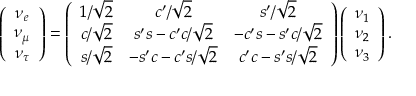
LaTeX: \left( \begin{array} { c } { { \nu _ { e } } } \\ { { \nu _ { \mu } } } \\ { { \nu _ { \tau } } } \end{array} \right) = \left( \begin{array} { c c c } { { 1 / \sqrt 2 } } & { { c ^ { \prime } / \sqrt 2 } } & { { s ^ { \prime } / \sqrt 2 } } \\ { { c / \sqrt 2 } } & { { s ^ { \prime } s - c ^ { \prime } c / \sqrt 2 } } & { { - c ^ { \prime } s - s ^ { \prime } c / \sqrt 2 } } \\ { { s / \sqrt 2 } } & { { - s ^ { \prime } c - c ^ { \prime } s / \sqrt 2 } } & { { c ^ { \prime } c - s ^ { \prime } s / \sqrt 2 } } \end{array} \right) \left( \begin{array} { c } { { \nu _ { 1 } } } \\ { { \nu _ { 2 } } } \\ { { \nu _ { 3 } } } \end{array} \right) .